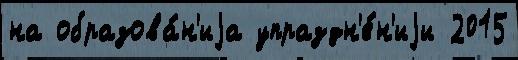
на образова́н'иjа упраздн'е́н'иjи 2015